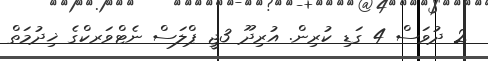
2 ދުވަސް 4 ގަޑި ކުރިން. އުރިދޫ 3ޖީ ޕްލަސް ނެޓްވަރކްގެ ޚިދުމަތް